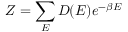
Z = \sum _ { E } D ( E ) e ^ { - \beta E }